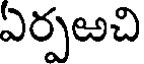
ఏర్పఱచి